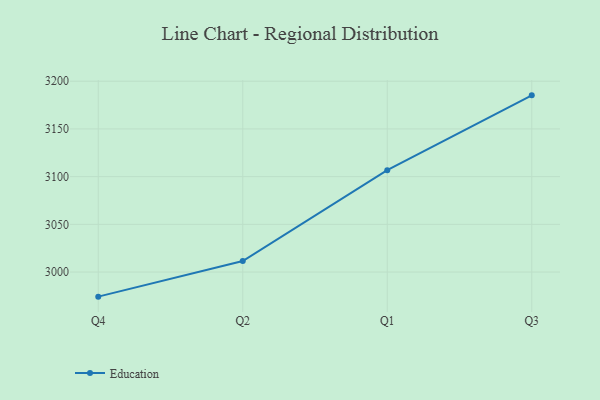
{"axis": {"x": "Quarter", "y": "Churn Rate (%)"}, "legend": ["Education"], "data": [{"x": "Q4", "y": 2974.2, "type": "Education"}, {"x": "Q2", "y": 3011.5, "type": "Education"}, {"x": "Q1", "y": 3106.8, "type": "Education"}, {"x": "Q3", "y": 3185.2, "type": "Education"}]}